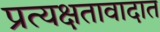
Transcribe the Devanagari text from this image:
प्रत्यक्षतावादात